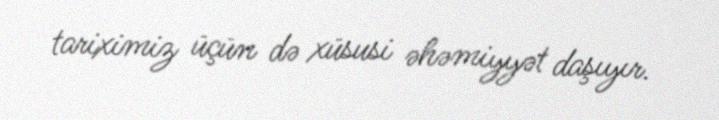
tariximiz üçün də xüsusi əhəmiyyət daşıyır.